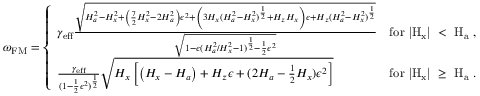
\omega _ { \mathrm { F M } } = \left\{ \begin{array} { l l } { \gamma _ { \mathrm { e f f } } \frac { \sqrt { H _ { a } ^ { 2 } - H _ { x } ^ { 2 } + \left( \frac { 7 } { 2 } H _ { x } ^ { 2 } - 2 H _ { a } ^ { 2 } \right) \epsilon ^ { 2 } + \left( 3 H _ { x } ( H _ { a } ^ { 2 } - H _ { x } ^ { 2 } ) ^ { \frac { 1 } { 2 } } + H _ { z } H _ { x } \right) \epsilon + H _ { z } ( H _ { a } ^ { 2 } - H _ { x } ^ { 2 } ) ^ { \frac { 1 } { 2 } } } } { \sqrt { 1 - \epsilon ( H _ { a } ^ { 2 } / H _ { x } ^ { 2 } - 1 ) ^ { \frac { 1 } { 2 } } - \frac { 1 } { 2 } \epsilon ^ { 2 } } } } & { \mathrm { f o r ~ | { H _ x } | ~ < ~ H _ a ~ , } } \\ { \frac { \gamma _ { \mathrm { e f f } } } { ( 1 - \frac { 1 } { 2 } \epsilon ^ { 2 } ) ^ { \frac { 1 } { 2 } } } \sqrt { H _ { x } \left[ \left( H _ { x } - H _ { a } \right) + H _ { z } \epsilon + ( 2 H _ { a } - \frac { 1 } { 2 } H _ { x } ) \epsilon ^ { 2 } \right] } } & { \mathrm { f o r ~ | { H _ x } | ~ \geq ~ H _ a ~ . } } \end{array} \right.